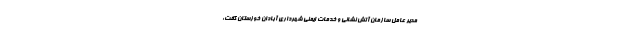
مدیر عامل سازمان آتش نشانی و خدمات ایمنی شهرداری آبادان خوزستان گفت: